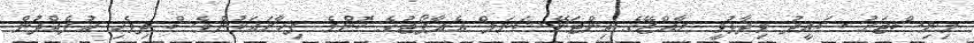
މިނިސްޓަރު ސައީދު ވިދާޅުވީ ރާއްޖޭގެ އިންޓަނޭޝަނަލް އެއާޕޯޓުގެ ކޮންމެ ފިހާރައަކުންވެސް ދިވެހި އުފެއްދުން